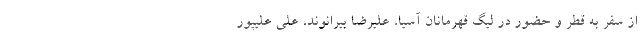
از سفر به قطر و حضور در لیگ قهرمانان آسیا، علیرضا بیرانوند، علی علیپور